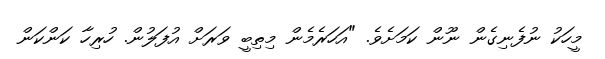
މީހަކު ނުފެނިގެން ނޫން ކަމަށެވެ. "އަހަރެމެން މިތިބީ ވަރަށް އުފަލުން. ހުރިހާ ކަންކަން